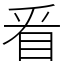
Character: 㸔